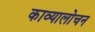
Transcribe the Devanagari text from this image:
काव्यालोचन